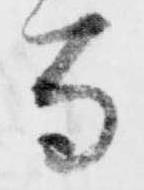
寺